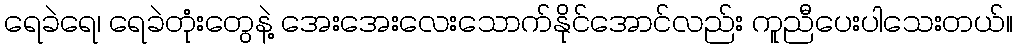
ရေခဲရေ၊ ရေခဲတုံးတွေနဲ့ အေးအေးလေးသောက်နိုင်အောင်လည်း ကူညီပေးပါသေးတယ်။